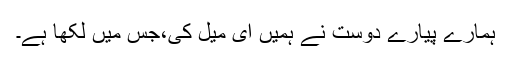
ہمارے پیارے دوست نے ہمیں ای میل کی،جس میں لکھا ہے۔